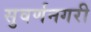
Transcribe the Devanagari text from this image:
सुवर्णनगरी